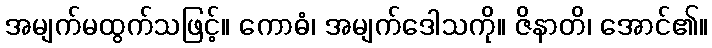
အမျက်မထွက်သဖြင့်။ ကောဓံ၊ အမျက်ဒေါသကို။ ဇိနာတိ၊ အောင်၏။